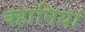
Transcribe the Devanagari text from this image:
क्हानियां